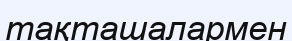
тақташалармен